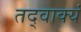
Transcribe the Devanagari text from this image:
तद्वाक्यं